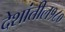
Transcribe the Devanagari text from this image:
देशांतील१८०